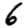
Digit: 6